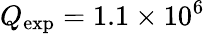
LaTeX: Q_{\mathrm{exp}}=1.1\times 10^{6}